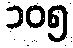
၁၀၅